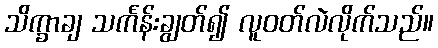
သိက္ခာချ သင်္ကန်းချွတ်၍ လူဝတ်လဲလိုက်သည်။